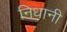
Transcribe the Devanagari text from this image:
निधानी